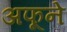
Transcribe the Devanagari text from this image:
अफूने